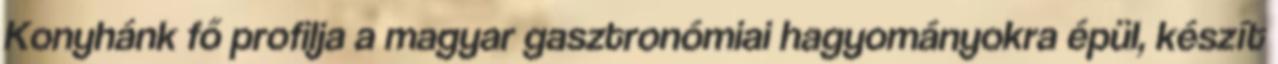
Konyhánk fő profilja a magyar gasztronómiai hagyományokra épül, készít